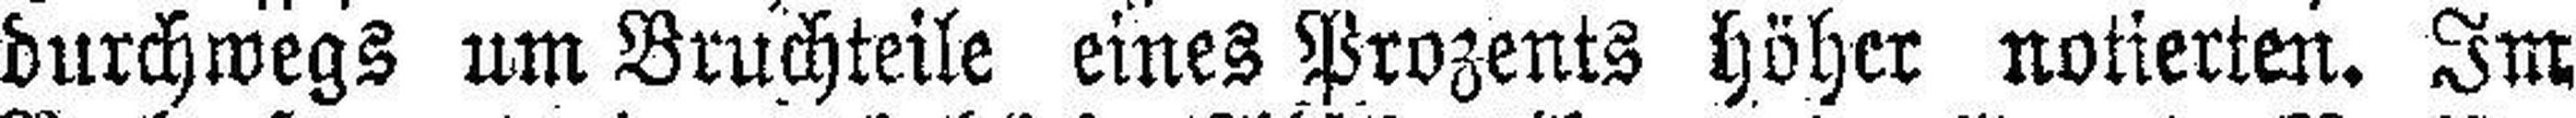
durchwegs um Bruchteile eines Prozents höher notierten. Im